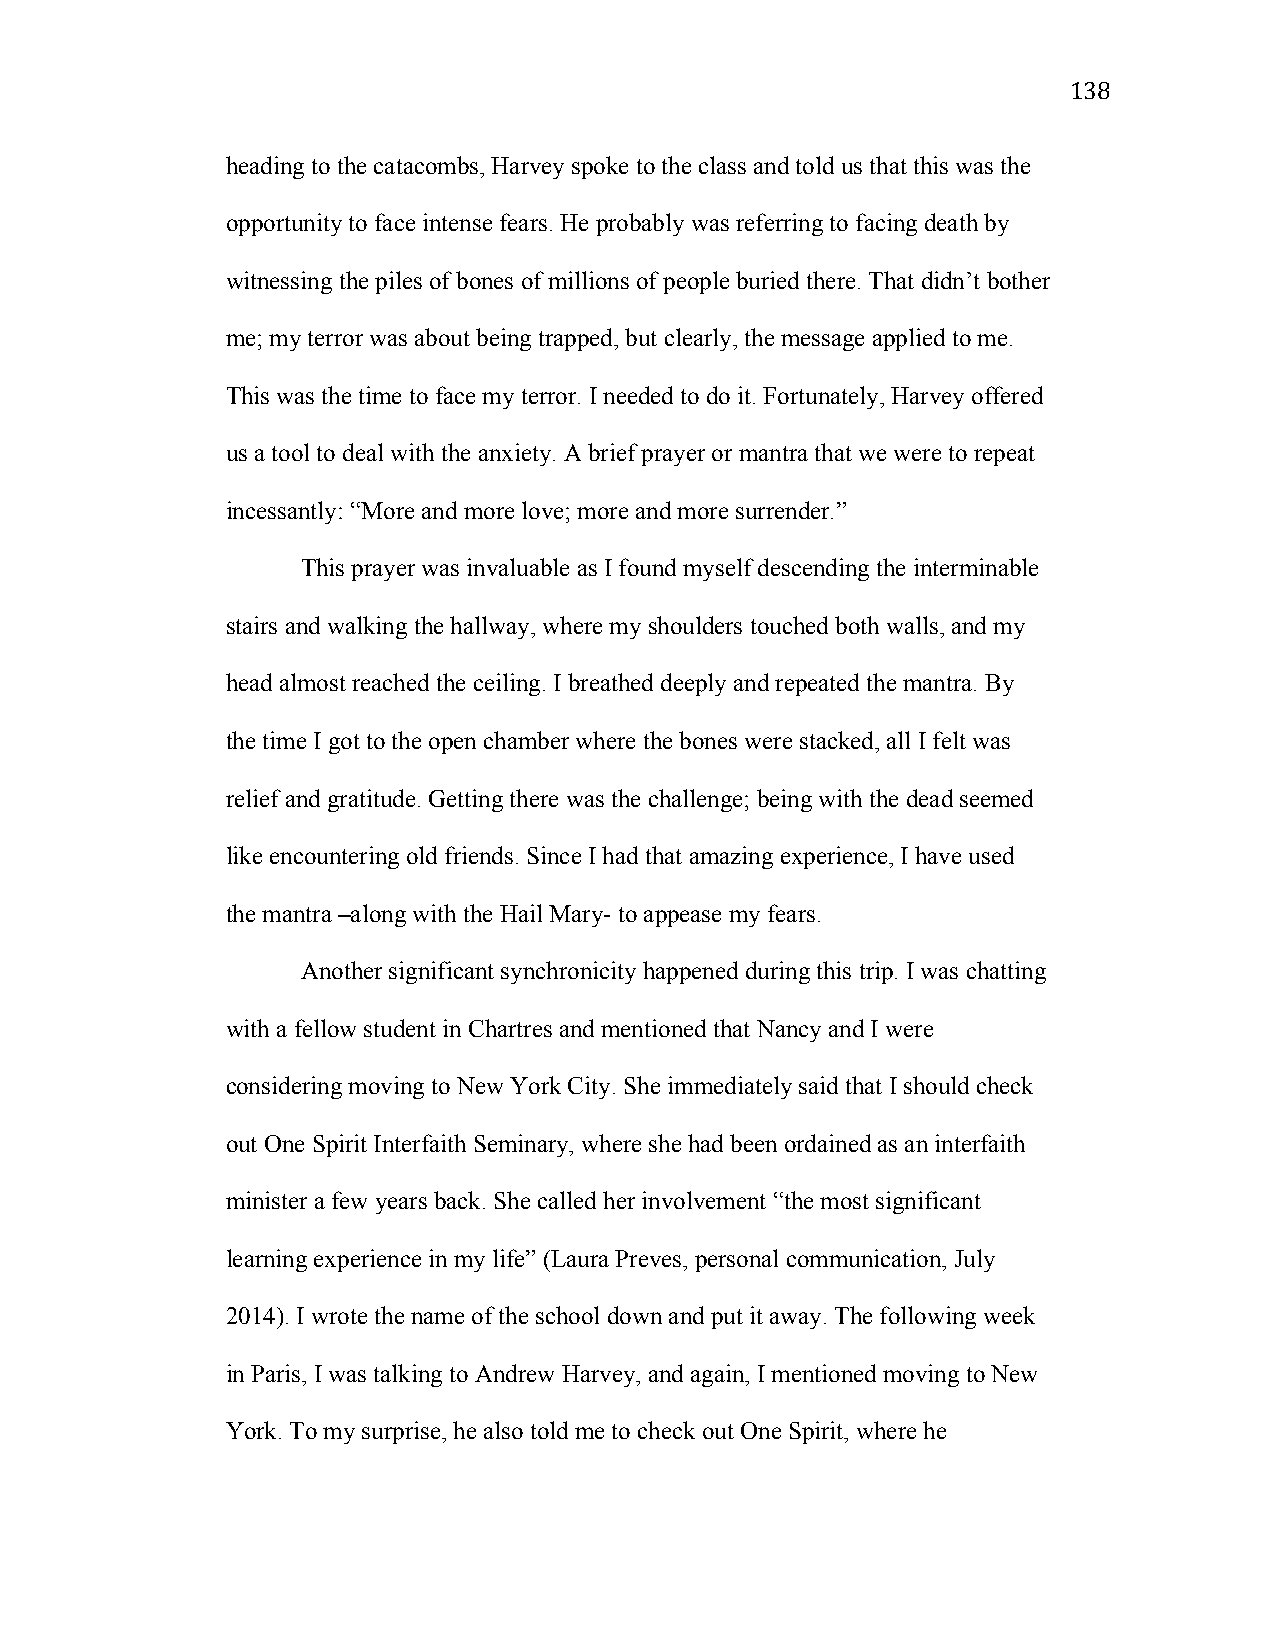
138
 heading to the catacombs, Harvey spoke to the class and told us that this was the
 opportunity to face intense fears. He probably was referring to facing death by
 witnessing the piles of bones of millions of people buried there. That didn’t bother
 me; my terror was about being trapped, but clearly, the message applied to me.
 This was the time to face my terror. I needed to do it. Fortunately, Harvey offered
 us a tool to deal with the anxiety. A brief prayer or mantra that we were to repeat
 incessantly: “More and more love; more and more surrender.”
 This prayer was invaluable as I found myself descending the interminable
 stairs and walking the hallway, where my shoulders touched both walls, and my
 head almost reached the ceiling. I breathed deeply and repeated the mantra. By
 the time I got to the open chamber where the bones were stacked, all I felt was
 relief and gratitude. Getting there was the challenge; being with the dead seemed
 like encountering old friends. Since I had that amazing experience, I have used
 the mantra –along with the Hail Mary- to appease my fears.
 Another significant synchronicity happened during this trip. I was chatting
 with a fellow student in Chartres and mentioned that Nancy and I were
 considering moving to New York City. She immediately said that I should check
 out One Spirit Interfaith Seminary, where she had been ordained as an interfaith
 minister a few years back. She called her involvement “the most significant
 learning experience in my life” (Laura Preves, personal communication, July
 2014). I wrote the name of the school down and put it away. The following week
 in Paris, I was talking to Andrew Harvey, and again, I mentioned moving to New
 York. To my surprise, he also told me to check out One Spirit, where he